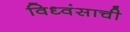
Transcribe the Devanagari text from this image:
विध्वंसाची